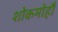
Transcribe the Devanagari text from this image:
शोकमोहौ